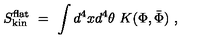
S _ { \mathrm { k i n } } ^ { \mathrm { f l a t } } \ = \ \int d ^ { 4 } x d ^ { 4 } \theta \ K ( \Phi , \bar { \Phi } ) \ ,